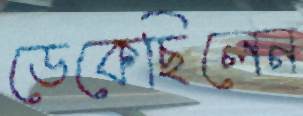
ডেকেছিলেন